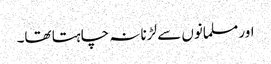
اور مسلمانوں سے لڑنا نہ چاہتا تھا۔